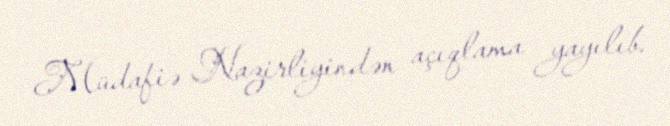
Müdafiə Nazirliyindən açıqlama yayılıb.